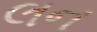
લન